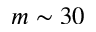
m \sim 3 0